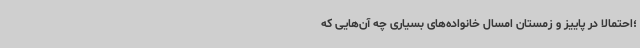
؛احتمالاً در پاییز و زمستان امسال خانواده‌های بسیاری چه آن‌هایی که